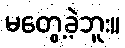
မတွေ့ခဲ့ဘူး။